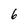
Character: 6